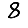
Digit: 8